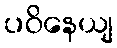
ပဝိနေယျ